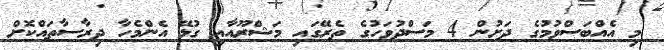
މި އެއްބަސްވުމުގެ ދަށުން 4 މަސްދުވަހުގެ ތެރޭގައި މަޝްރޫއާއި ގުޅޭ އެންމެހާ ދިރާސާތައްކޮށް